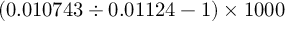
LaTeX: ( 0 . 0 1 0 7 4 3 \div 0 . 0 1 1 2 4 - 1 ) \times 1 0 0 0